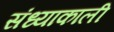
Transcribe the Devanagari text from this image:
संध्याकाली